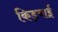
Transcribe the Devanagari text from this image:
किड्बाई